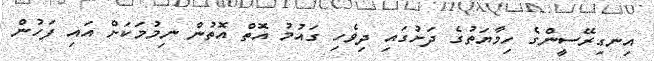
އިނގިރޭސީންގެ ހިމާޔަތުގެ ދަށުގައި ދިވެހި ގައުމު އޮތް އޮތުން ނިމުމަކަށް އައި ފަހުން